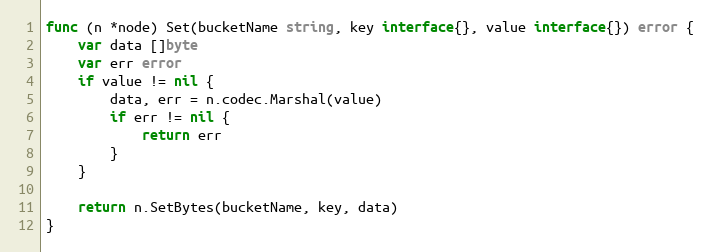
Language: Go
func (n *node) Set(bucketName string, key interface{}, value interface{}) error {
	var data []byte
	var err error
	if value != nil {
		data, err = n.codec.Marshal(value)
		if err != nil {
			return err
		}
	}

	return n.SetBytes(bucketName, key, data)
}